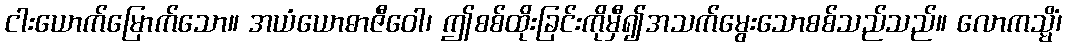
ငါးယောက်မြောက်သော။ အယံယောဓာဇီဝေါ၊ ဤစစ်ထိုးခြင်းကိုမှီ၍အသက်မွေးသောစစ်သည်သည်။ လောကသ္မိံ၊